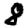
Digit: 8